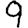
Digit: 9